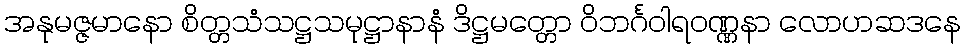
အနုမဇ္ဇမာနော စိတ္တသံသဋ္ဌသမုဋ္ဌာနာနံ ဒိဋ္ဌမတ္တော ဝိဘင်္ဂဝါရဝဏ္ဏနာ လောဟဆဒနေ